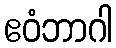
ဧဝံဘာဂါ